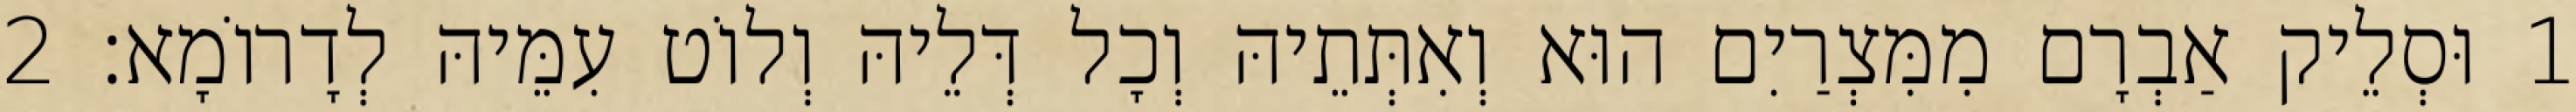
1 וּסְלֵיק אַבְרָם מִמִּצְרַיִם הוּא וְאִתְּתֵיהּ וְכָל דְּלֵיהּ וְלוֹט עִמֵּיהּ לְדָרוֹמָא׃ 2